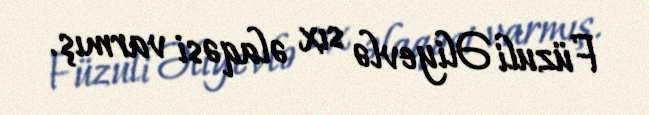
Füzuli Əliyevlə sıx əlaqəsi varmış.